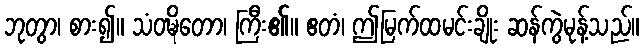
ဘုတွာ၊ စား၍။ သံဝဍ္ဎိတော၊ ကြီး၏။ ဧတံ၊ ဤမြက်ထမင်းချိုး ဆန်ကွဲမုန့်သည်။